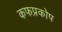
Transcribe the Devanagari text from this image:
कफप्रकोप